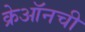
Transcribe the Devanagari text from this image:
क्रेऑनची